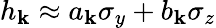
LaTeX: h_{\mathbf{k}}\approx a_{\mathbf{k}}\sigma_{y}+b_{\mathbf{k}}\sigma_{z}